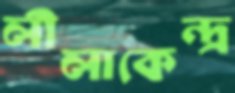
লীলাকেন্দ্র